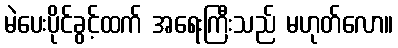
မဲပေးပိုင်ခွင့်ထက် အရေးကြီးသည် မဟုတ်လော။